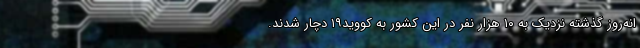
انه‌روز گذشته نزدیک به ۱۰ هزار نفر در این کشور به کووید۱۹ دچار شدند.